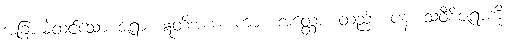
အခြားမဲ့ထင်သော ဇရာ။ ဣတိအယံ၊ ကား။ အတ္ထော၊ တည်း။ ပန၊ သဝီစိဇရာကို